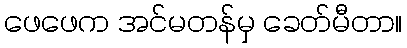
ဖေဖေက အင်မတန်မှ ခေတ်မီတာ။